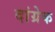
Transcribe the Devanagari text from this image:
दांग्रेक